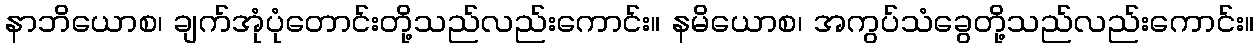
နာဘိယောစ၊ ချက်အုံပုံတောင်းတို့သည်လည်းကောင်း။ နမိယောစ၊ အကွပ်သံခွေတို့သည်လည်းကောင်း။